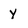
Character: y